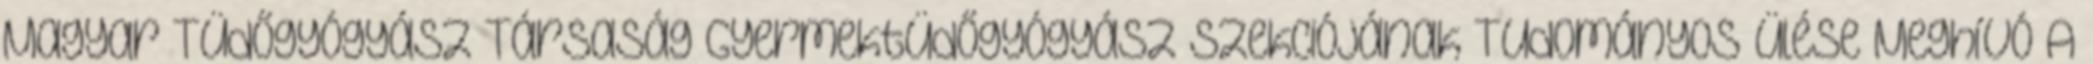
Magyar Tüdőgyógyász Társaság Gyermektüdőgyógyász Szekciójának Tudományos Ülése Meghívó A